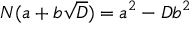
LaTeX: N ( a + b { \sqrt { D } } ) = a ^ { 2 } - D b ^ { 2 }